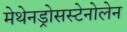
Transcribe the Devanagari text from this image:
मेथेनड्रोसस्टेनोलेन